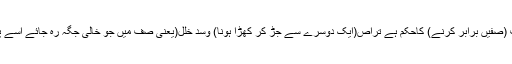
حدیث میں تسویۃ الصفوف (صفیں برابر کرنے) کاحکم ہے تراصّ(ایک دوسرے سے جڑ کر کھڑا ہونا) وسدِّ خلل(یعنی صف میں جو خالی جگہ رہ جائے اسے پُرکرنے) کا بھی حکم ہے۔